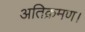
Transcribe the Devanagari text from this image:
अतिक्रमण।